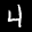
Label: 4